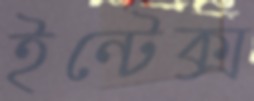
ইন্টেক্স